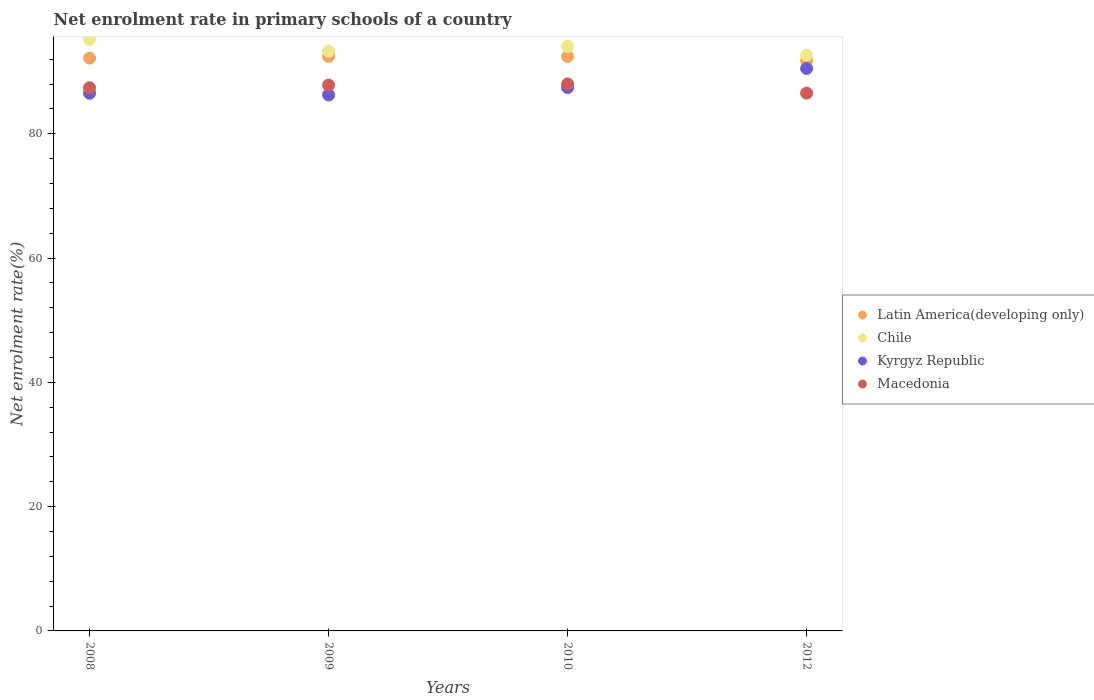
| Years | Latin America(developing only) | Chile | Kyrgyz Republic | Macedonia |
 | --- | --- | --- | --- | --- |
 | 2008 | 92.2 | 95.2 | 86.5 | 87.4 |
 | 2009 | 92.5 | 93.3 | 86.3 | 87.8 |
 | 2010 | 92.4 | 94.1 | 87.4 | 88 |
 | 2012 | 91.8 | 92.7 | 90.5 | 86.5 |